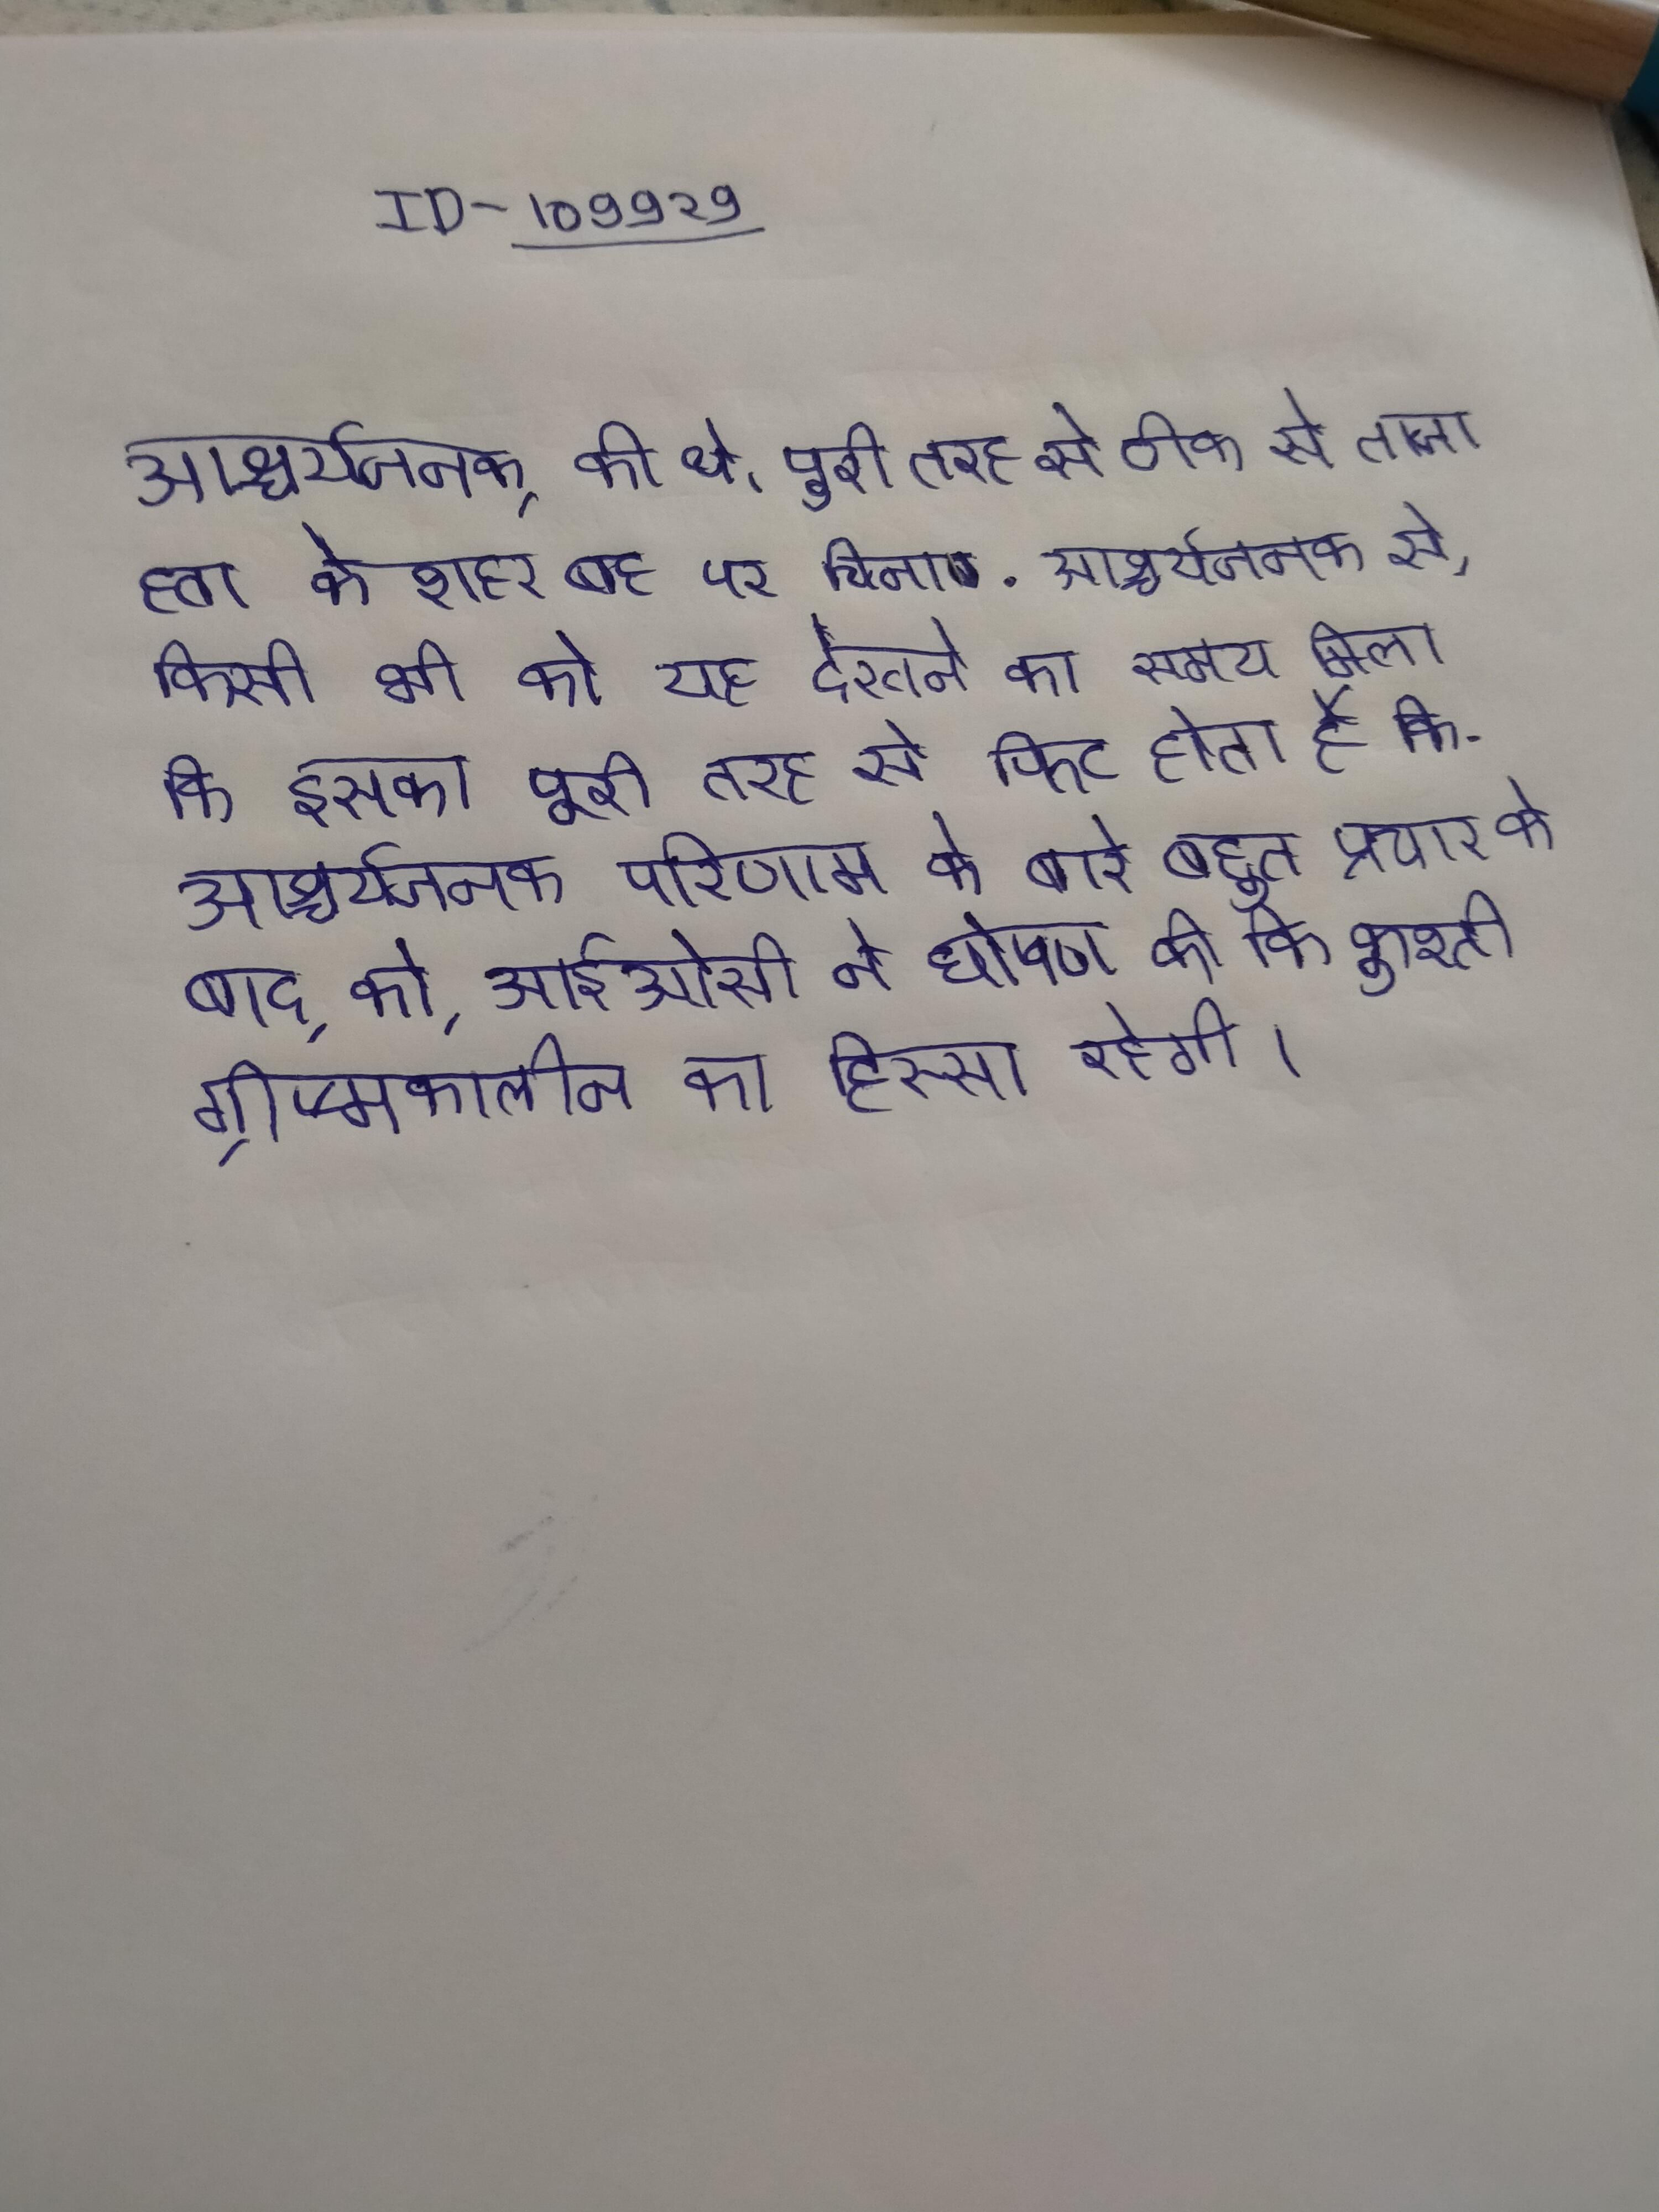
आश्चर्यजनक, की थे, पूरी तरह से ठीक से ताजा हवा के शहर बह पर चिनाब . आश्चर्यजनक से, किसी भी को यह देखने का समय मिला कि इसका पूरी तरह से फिट होता है कि . आश्चर्यजनक परिणाम के बारे बहुत प्रचार के बाद, को, आईओसी ने घोषणा की कि कुश्ती ग्रीष्मकालीन का हिस्सा रहेगी ।